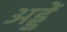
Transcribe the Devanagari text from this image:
अड्डें